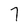
Character: 7